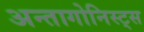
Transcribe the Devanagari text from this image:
अन्तागोनिस्ट्स